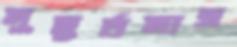
মুহূর্তমাত্র